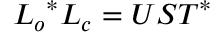
\b { L _ { o } } ^ { * } \b { L _ { c } } = \b { U S T } ^ { * }